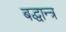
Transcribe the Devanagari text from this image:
बद्धान्त्र